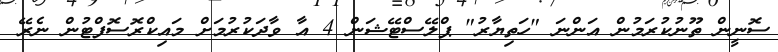
ސޮނީން ތޫނުކުރަމުން އަންނަ "ހަތިޔާރު" ޕްލޭސްޓޭޝަން 4 އާ ވާދަކުރުމަށް މައިކްރޮސޮފްޓުން ނެރޭ